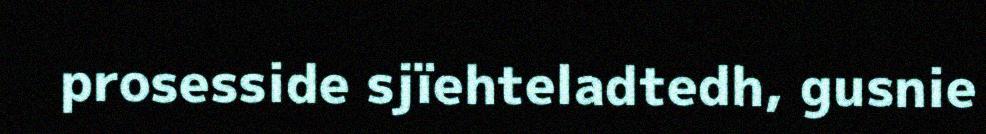
prosesside sjïehteladtedh, gusnie